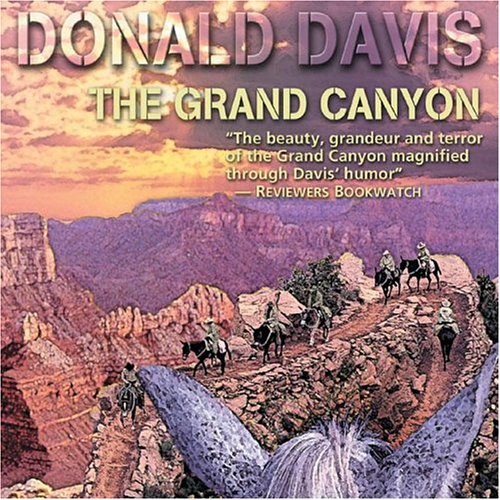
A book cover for Grand Canyon; Donald Davis; Travel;